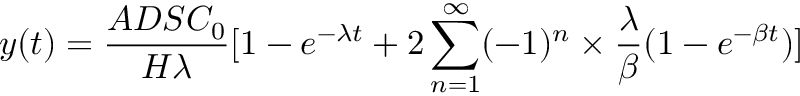
y ( t ) = \frac { A D S C _ { 0 } } { H \lambda } [ 1 - e ^ { - \lambda t } + 2 \sum _ { n = 1 } ^ { \infty } ( - 1 ) ^ { n } \times \frac { \lambda } { \beta } ( 1 - e ^ { - \beta t } ) ]